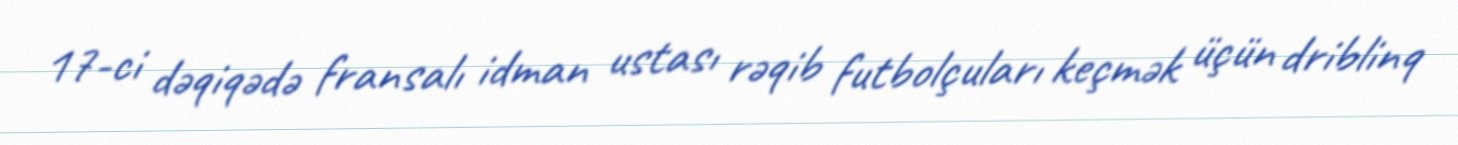
17-ci dəqiqədə fransalı idman ustası rəqib futbolçuları keçmək üçün driblinq